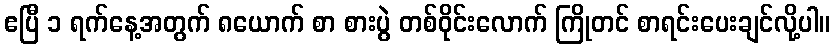
ဧပြီ ၁ ရက်နေ့အတွက် ၈ယောက် စာ စားပွဲ တစ်ဝိုင်းလောက် ကြိုတင် စာရင်းပေးချင်လို့ပါ။